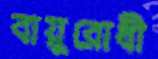
বায়ুরোধী